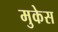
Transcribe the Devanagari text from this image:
मुकेस